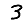
Digit: 3